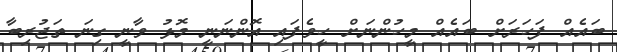
ބައެއް ފަހަރަށް ބައެއް މީހުންނަށް ހީވެފައި އޮންނަނީ މޮޅު ވާނީ ގިނަ ތަޖުރިބާ